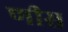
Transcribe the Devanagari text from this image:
णीस